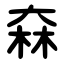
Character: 㚞